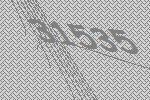
31535